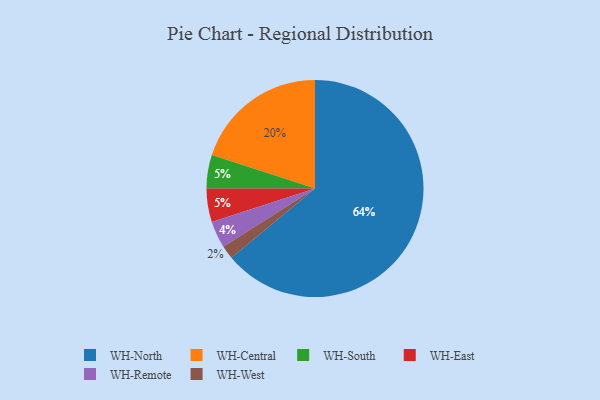
{"axis": {"x": "Category", "y": "Percentage"}, "legend": ["WH-Central", "WH-East", "WH-North", "WH-Remote", "WH-South", "WH-West"], "data": [{"x": "WH-Central", "y": 20, "type": "WH-Central"}, {"x": "WH-South", "y": 5, "type": "WH-South"}, {"x": "WH-Remote", "y": 4, "type": "WH-Remote"}, {"x": "WH-West", "y": 2, "type": "WH-West"}, {"x": "WH-North", "y": 64, "type": "WH-North"}, {"x": "WH-East", "y": 5, "type": "WH-East"}]}